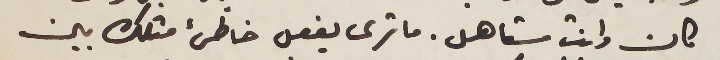
كان وانت مستاهل. ما ترى يفعل خاطىء مثلك بين